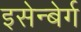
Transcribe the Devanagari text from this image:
इसेन्बेर्ग